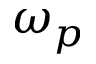
\omega _ { p }